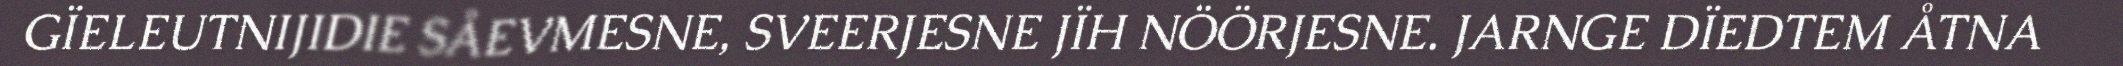
GÏELEUTNIJIDIE SÅEVMESNE, SVEERJESNE JÏH NÖÖRJESNE. JARNGE DÏEDTEM ÅTNA